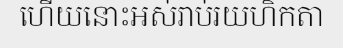
ហើយនោះអស់រាប់រយហិកតា